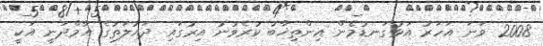
2008 ވަނަ އަހަރު އަޅުގަނޑުމެން އިންތިޚާބު ކުރެވުނު އިރުގައި ދައުލަތުގެ އާމްދަނީ އަކީ